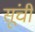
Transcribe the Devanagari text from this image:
सूंची